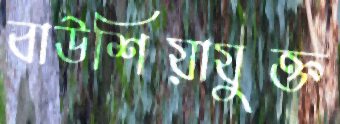
বাউশিয়াযুক্ত